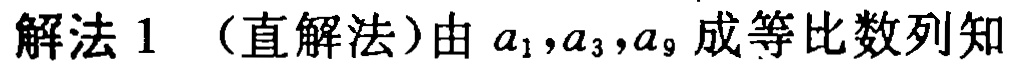
解法 1 （直解法）由 \(a_{1},a_{3},a_{9}\) 成等比数列知